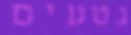
נטעים